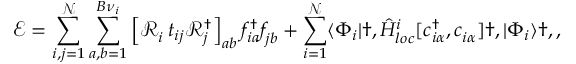
\mathcal { E } = \sum _ { i , j = 1 } ^ { \mathcal { N } } \sum _ { a , b = 1 } ^ { B { \nu } _ { i } } \left[ \mathcal { R } _ { i } ^ { \phantom { \dagger } } t _ { i j } \mathcal { R } _ { j } ^ { \dagger } \right] _ { a b } f _ { i a } ^ { \dagger } f _ { j b } ^ { \phantom { \dagger } } + \sum _ { i = 1 } ^ { \mathcal { N } } \langle \Phi _ { i } | \dag , \hat { H } _ { l o c } ^ { i } [ c _ { i \alpha } ^ { \dagger } , c _ { i \alpha } ^ { \phantom { \dagger } } ] \dag , | \Phi _ { i } \rangle \dag , ,